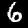
Digit: 6